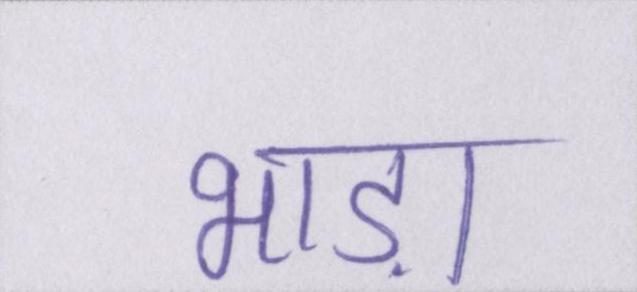
भाड़ा